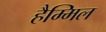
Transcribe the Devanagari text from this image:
हैम्मिल